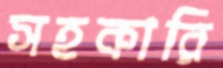
সহকারি